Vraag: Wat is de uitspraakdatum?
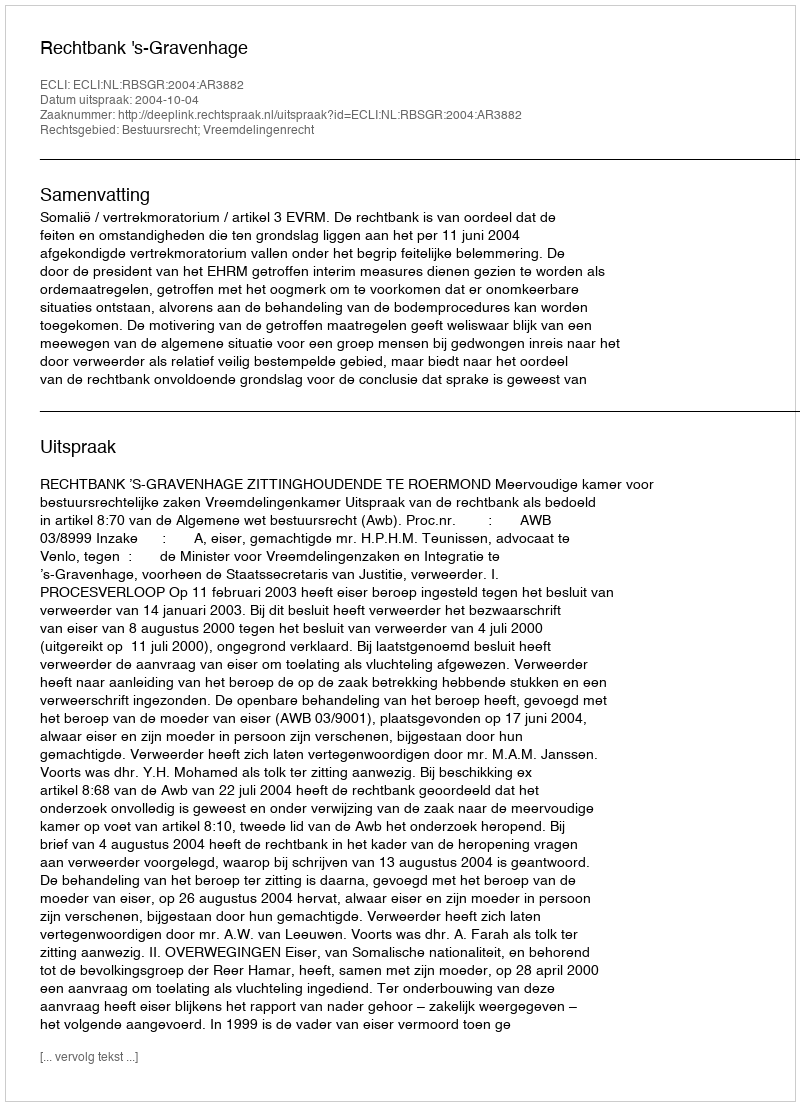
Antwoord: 2004-10-04